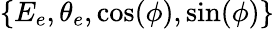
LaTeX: \left\{ E_{e},\theta_{e},\cos(\phi),\sin(\phi)\right\}